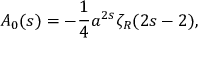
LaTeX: A _ { 0 } ( s ) = - { \frac { 1 } { 4 } } a ^ { 2 s } \zeta _ { R } ( 2 s - 2 ) ,